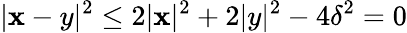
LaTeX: |\mathbf{x}-y|^{2}\leq2|\mathbf{x}|^{2}+2|y|^{2}-4\delta^{2}=0